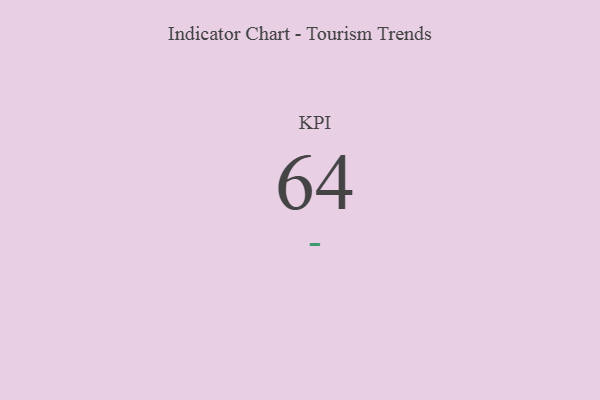
{"axis": {"x": "KPI", "y": "Value"}, "legend": [""], "data": [{"x": "KPI", "y": 64, "type": ""}]}